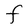
Character: F